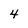
Character: 4